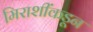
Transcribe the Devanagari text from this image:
मिराशींकडून